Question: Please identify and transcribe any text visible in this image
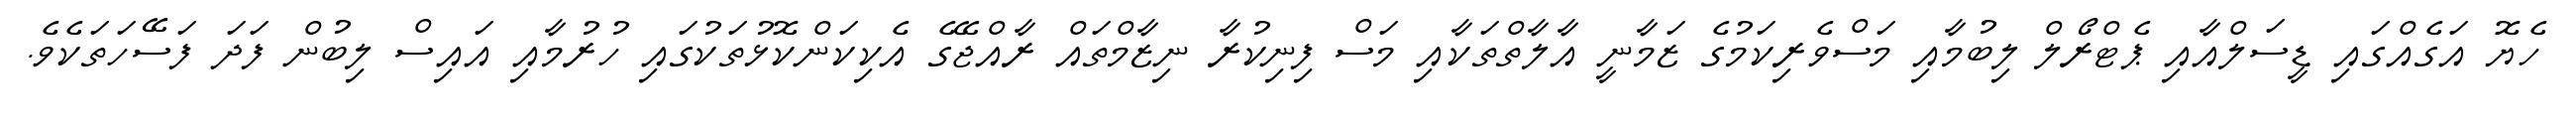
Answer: ހެޔޮ އަގެއްގައި ޑީސަލްއާއި ޕެޓްރޯލް ލިބުމާއި މަސްވެރިކަމުގެ ޒަމާނީ އާލާތްތަކާއި މަސް ފިނިކުރާ ނިޒާމްތައް ރާއްޖޭގެ އެކިކަންކޮޅުތަކުގައި ހުރުމާއި އައިސް ލިބުން ފަދަ ފަސޭހަތަކެވެ.